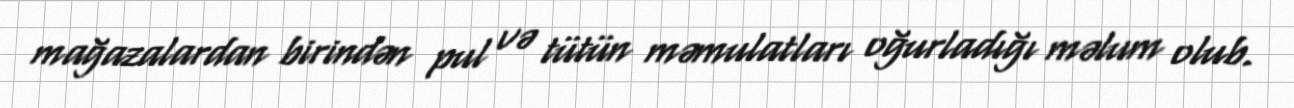
mağazalardan birindən pul və tütün məmulatları oğurladığı məlum olub.